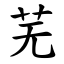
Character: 芜